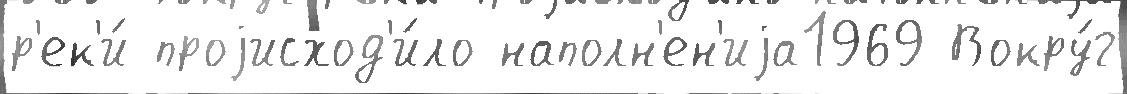
р'ек'и́ проjисход'и́ло наполн'ен'иjа1969 Вокру́г